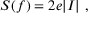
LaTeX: S ( f ) = 2 e \vert I \vert \ ,